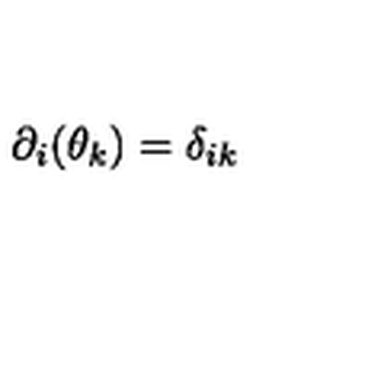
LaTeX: \partial _ { i } ( \theta _ { k } ) = \delta _ { i k }